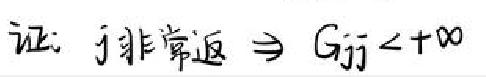
证：j非常返 \(\Rightarrow G_{jj} < +\infty\)